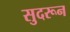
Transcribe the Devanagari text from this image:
सुदरून